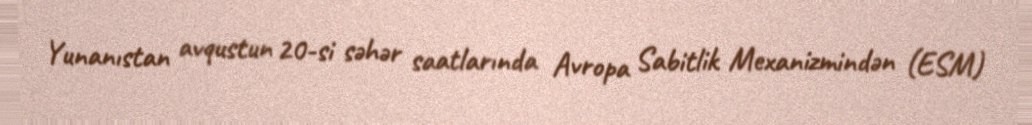
Yunanıstan avqustun 20-si səhər saatlarında Avropa Sabitlik Mexanizmindən (ESM)